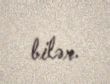
bilər.